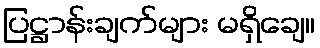
ပြဋ္ဌာန်းချက်များ မရှိချေ။